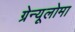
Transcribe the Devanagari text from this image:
ग्रेन्यूलोमा